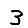
Digit: 3